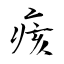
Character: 痎